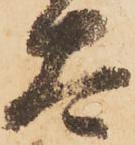
太